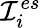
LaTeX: \mathcal{I}_{i}^{es}